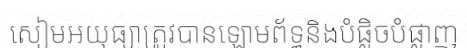
សៀមអយុធ្យាត្រូវបានឡោមព័ទ្ធនិងបំផ្លិចបំផ្លាញ